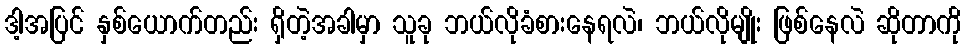
ဒါ့အပြင် နှစ်ယောက်တည်း ရှိတဲ့အခါမှာ သူခု ဘယ်လိုခံစားနေရလဲ၊ ဘယ်လိုမျိုး ဖြစ်နေလဲ ဆိုတာကို